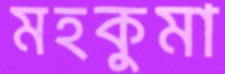
মহকুমা